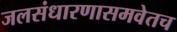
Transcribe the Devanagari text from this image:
जलसंधारणासमवेतच